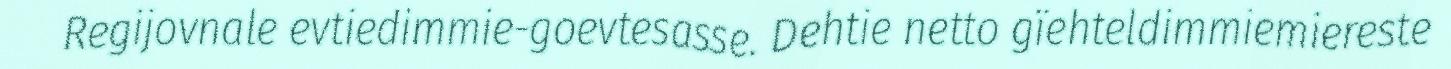
Regijovnale evtiedimmie-goevtesasse. Dehtie netto gïehteldimmiemiereste